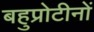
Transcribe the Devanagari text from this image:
बहुप्रोटीनों